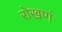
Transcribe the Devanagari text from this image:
रोखणं